Report on the bubonic plague in Bombay, 1896-1897
Year: 1896
Disease focus: Plague
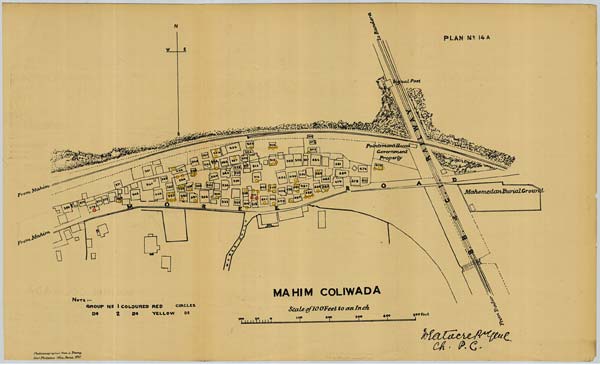
PLAN No: 14A
Photozincographed from a Tracing.
Govt. Photozinco: Office, Poona, 1897.